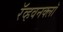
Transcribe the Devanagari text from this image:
रॅव्हवनक्लॉ